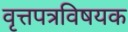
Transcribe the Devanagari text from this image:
वृत्तपत्रविषयक